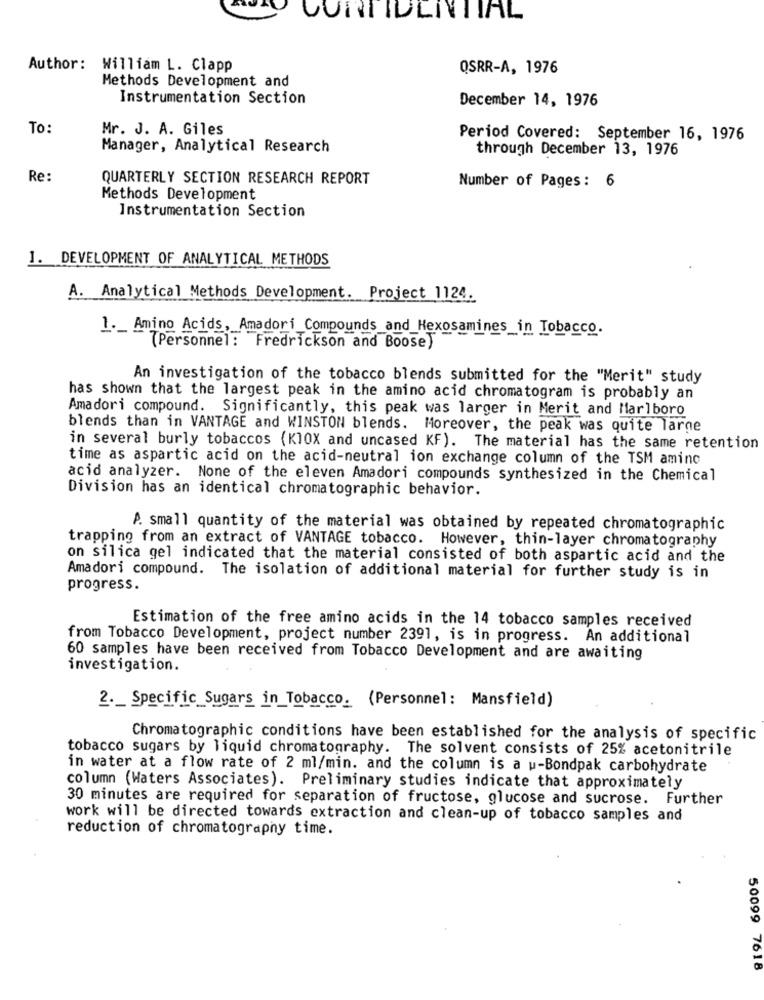
OURTIDENTIAL
Author: William L. Clapp
QSRR-A, 1976
Methods Development and
Instrumentation Section
December 14, 1976
To:
Mr. J. A. Giles
Period Covered: September 16, 1976
Manager, Analytical Research
through December 13, 1976
Re:
QUARTERLY SECTION RESEARCH REPORT
Number of Pages: 6
Methods Development
Instrumentation Section
1. DEVELOPMENT OF ANALYTICAL METHODS
A. Analytical Methods Development. Project 1124.
1 ._ Amino Acids, Amadori Compounds_and_Hexosamines_in Tobacco.
(Personnel: Fredrickson and Boose)
An investigation of the tobacco blends submitted for the "Merit" study
has shown that the largest peak in the amino acid chromatogram is probably an
Amadori compound. Significantly, this peak was larger in Merit and Marlboro
blends than in VANTAGE and WINSTON blends. Moreover, the peak was quite large
in several burly tobaccos (Kl0X and uncased KF). The material has the same retention
time as aspartic acid on the acid-neutral ion exchange column of the TSM aminc
acid analyzer. None of the eleven Amadori compounds synthesized in the Chemical
Division has an identical chromatographic behavior.
A. small quantity of the material was obtained by repeated chromatographic
trapping from an extract of VANTAGE tobacco. However, thin-layer chromatography
on silica gel indicated that the material consisted of both aspartic acid and the
Amadori compound. The isolation of additional material for further study is in
progress.
Estimation of the free amino acids in the 14 tobacco samples received
from Tobacco Development, project number 2391, is in progress. An additional
60 samples have been received from Tobacco Development and are awaiting
investigation.
2 ._ Specific Sugars in Tobacco. (Personnel: Mansfield)
Chromatographic conditions have been established for the analysis of specific
tobacco sugars by liquid chromatography. The solvent consists of 25% acetonitrile
in water at a flow rate of 2 ml/min. and the column is a w-Bondpak carbohydrate
column (Waters Associates). Preliminary studies indicate that approximately
30 minutes are required for separation of fructose, glucose and sucrose. Further
work will be directed towards extraction and clean-up of tobacco samples and
reduction of chromatography time.
50099 7618